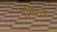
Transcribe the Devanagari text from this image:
रमिन्ज